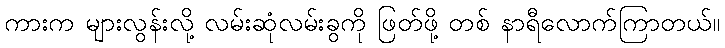
ကားက များလွန်းလို့ လမ်းဆုံလမ်းခွကို ဖြတ်ဖို့ တစ် နာရီလောက်ကြာတယ်။